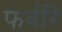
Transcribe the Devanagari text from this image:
फर्वरि